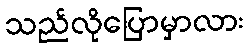
သည်လိုပြောမှာလား